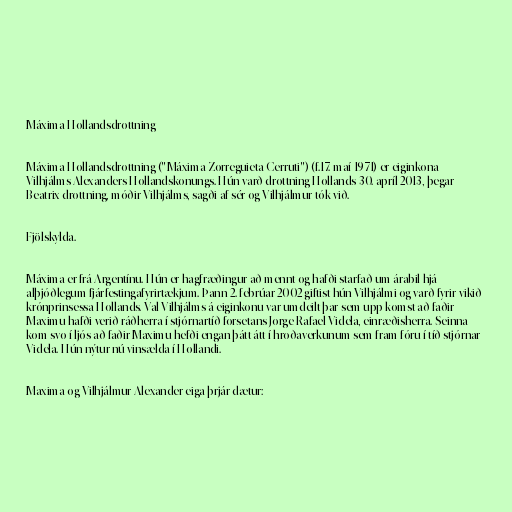
Máxima Hollandsdrottning

Máxima Hollandsdrottning ("Máxima Zorreguieta Cerruti") (f.17. maí 1971) er eiginkona
Vilhjálms Alexanders Hollandskonungs. Hún varð drottning Hollands 30. apríl 2013, þegar
Beatrix drottning, móðir Vilhjálms, sagði af sér og Vilhjálmur tók við.

Fjölskylda.

Máxima er frá Argentínu. Hún er hagfræðingur að mennt og hafði starfað um árabil hjá
alþjóðlegum fjárfestingafyrirtækjum. Þann 2. febrúar 2002 giftist hún Vilhjálmi og varð fyrir vikið
krónprinsessa Hollands. Val Vilhjálms á eiginkonu var umdeilt þar sem upp komst að faðir
Maximu hafði verið ráðherra í stjórnartíð forsetans Jorge Rafael Videla, einræðisherra. Seinna
kom svo í ljós að faðir Maximu hefði engan þátt átt í hroðaverkunum sem fram fóru í tíð stjórnar
Videla. Hún nýtur nú vinsælda í Hollandi.

Maxima og Vilhjálmur Alexander eiga þrjár dætur: